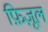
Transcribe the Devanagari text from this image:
फ़िज़ूल